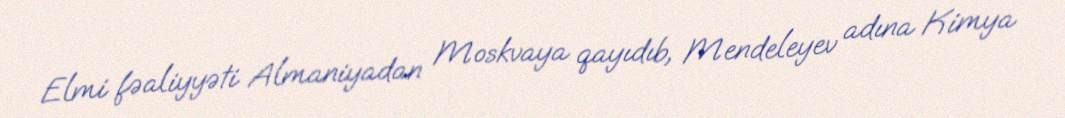
Elmi fəaliyyəti Almaniyadan Moskvaya qayıdıb, Mendeleyev adına Kimya